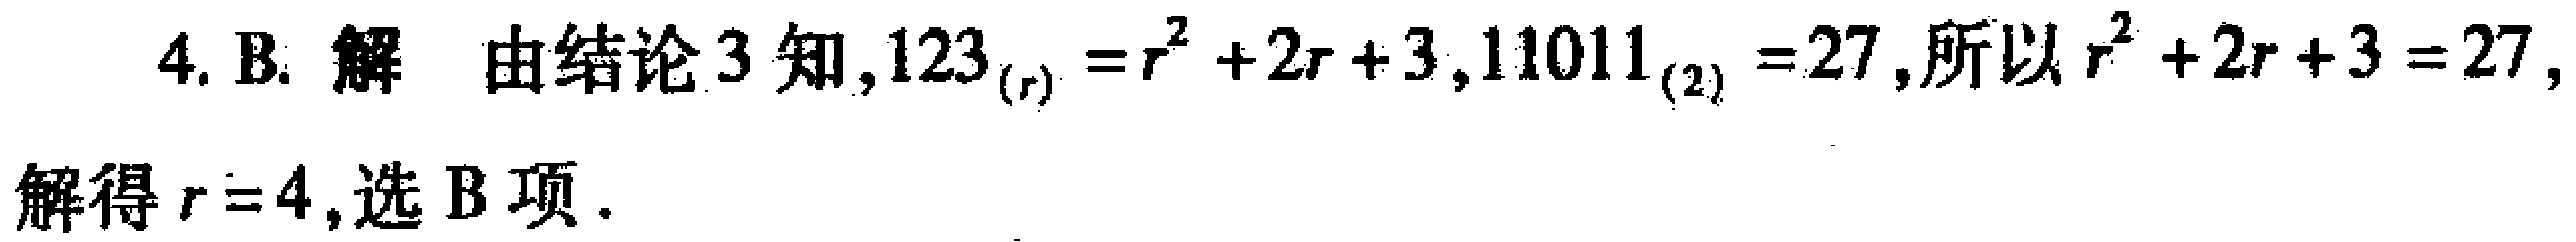
4. B. 解 由结论3知,$123_{(r)} = r^{2}+2r + 3$,$11011_{(2)} = 27$,所以$r^{2}+2r + 3 = 27$,解得$r = 4$,选B项.